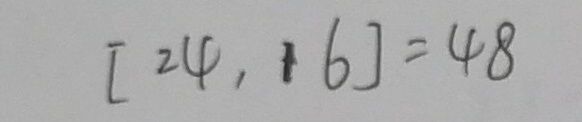
[ 2 4 , 1 6 ] = 4 8